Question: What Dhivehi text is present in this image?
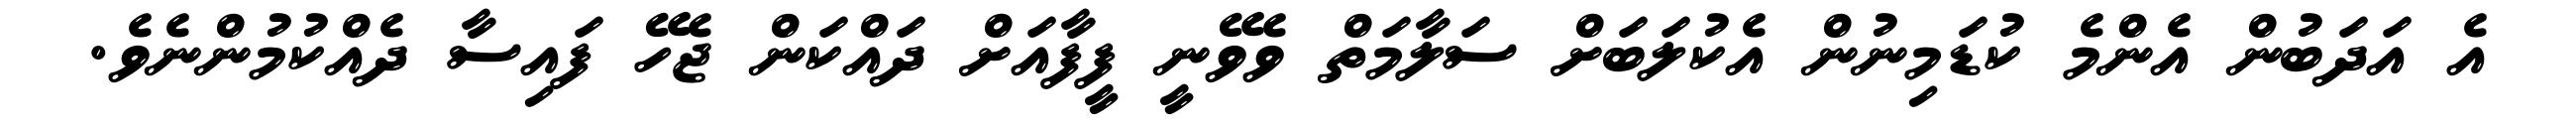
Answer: އެ އަދަބުން އެންމެ ކުޑަމިނުން އެކުލަބަށް ސަލާމަތް ވެވޭނީ ފީފާއަށް ދައްކަން ޖެހޭ ފައިސާ ދެއްކުމުންނެވެ.